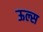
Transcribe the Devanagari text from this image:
ऊल्स